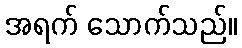
အရက် သောက်သည်။